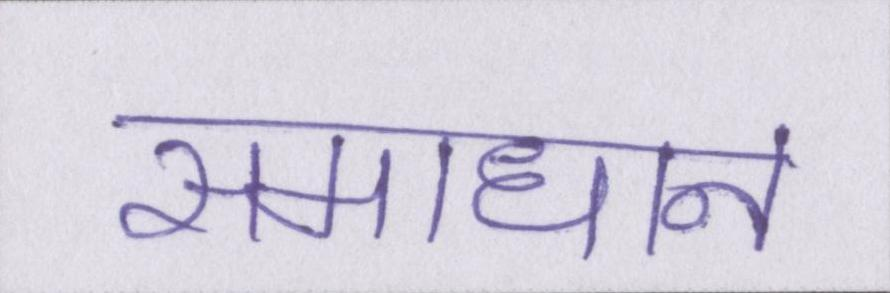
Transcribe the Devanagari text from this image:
समाधान